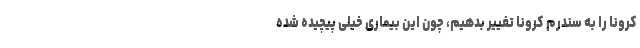
کرونا را به سندرم کرونا تغییر بدهیم، چون این بیماری خیلی پیچیده شده